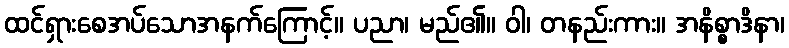
ထင်ရှားစေအပ်သောအနက်ကြောင့်။ ပညာ၊ မည်၏။ ဝါ၊ တနည်းကား။ အနိစ္စာဒိနာ၊